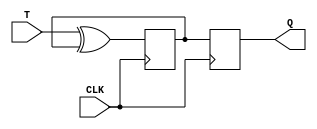
module tff(
    input T, // Toggle input
    input CLK, // Clock input
    output reg Q // Output
);

reg master_ff, slave_ff;

always @(posedge CLK) begin
    // Master flip-flop
    master_ff <= T ^ master_ff;

    // Slave flip-flop
    slave_ff <= master_ff;
end

assign Q = slave_ff;

endmodule